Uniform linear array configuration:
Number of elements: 12
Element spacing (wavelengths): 0.25
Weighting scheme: blackman
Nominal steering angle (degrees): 30
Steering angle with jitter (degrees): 31.146
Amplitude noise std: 0.05
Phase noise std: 0.05

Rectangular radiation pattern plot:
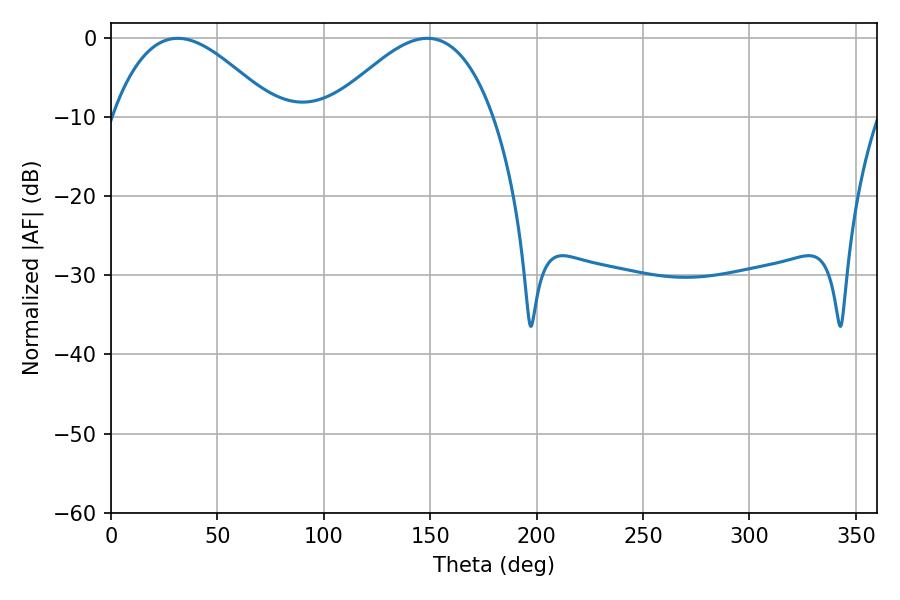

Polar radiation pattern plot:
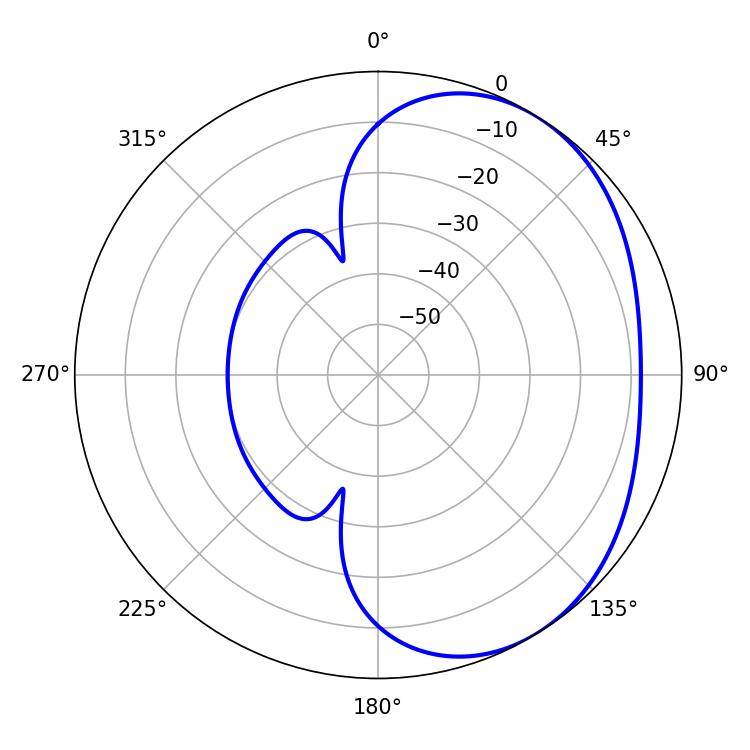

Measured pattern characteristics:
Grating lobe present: FALSE
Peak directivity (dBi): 3.281
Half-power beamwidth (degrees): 41.58
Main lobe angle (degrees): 31.32